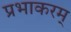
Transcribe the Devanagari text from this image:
प्रभाकरम्